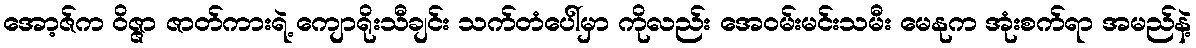
အော့ဇ်က ဝိဇ္ဇာ ဇာတ်ကားရဲ့ ကျောရိုးသီချင်း သက်တံပေါ်မှာ ကိုလည်း အေဝမ်းမင်းသမီး မေနုက အုံးစက်ရာ အမည်နဲ့